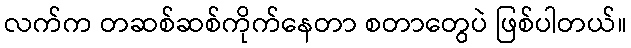
လက်က တဆစ်ဆစ်ကိုက်နေတာ စတာတွေပဲ ဖြစ်ပါတယ်။